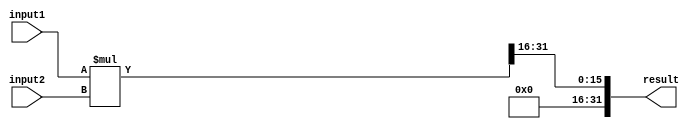
module fixed_point_multiplier (
    input signed [15:0] input1,
    input signed [15:0] input2,
    output signed [31:0] result
);

reg signed [31:0] mult_result;

always @(*) begin
    mult_result = (input1 * input2) >> 16; // Multiply the inputs and shift right to keep the fractional part
end

assign result = mult_result;

endmodule